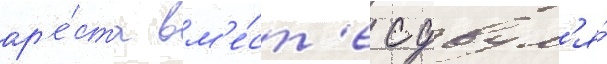
ар'е́ста вм'е́ст'е с двум'я́